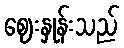
ဈေးနှုန်းသည်